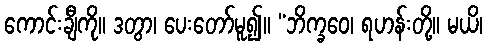
ကောင်းချီကို။ ဒတွာ၊ ပေးတော်မူ၍။ “ဘိက္ခဝေ၊ ရဟန်းတို့။ မယိ၊